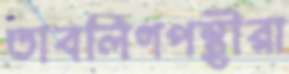
তাবলিগপন্থীরা